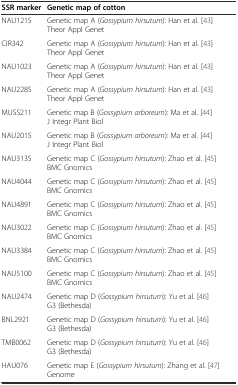
<table><thead><tr><td><b>SSR marker</b></td><td><b>Genetic map of cotton</b></td></tr></thead><tbody><tr><td>NAU1215</td><td>Genetic map A (<i>Gossypium hirsutum</i>): Han et al. [43] Theor Appl Genet</td></tr><tr><td>CIR342</td><td>Genetic map A (<i>Gossypium hirsutum</i>): Han et al. [43] Theor Appl Genet</td></tr><tr><td>NAU1023</td><td>Genetic map A (<i>Gossypium hirsutum</i>): Han et al. [43] Theor Appl Genet</td></tr><tr><td>NAU2285</td><td>Genetic map A (<i>Gossypium hirsutum</i>): Han et al. [43] Theor Appl Genet</td></tr><tr><td>MUSS211</td><td>Genetic map B (<i>Gossypium arboreum</i>): Ma et al. [44] J Integr Plant Biol</td></tr><tr><td>NAU2015</td><td>Genetic map B (<i>Gossypium arboreum</i>): Ma et al. [44] J Integr Plant Biol</td></tr><tr><td>NAU3135</td><td>Genetic map C (<i>Gossypium hirsutum</i>): Zhao et al. [45] BMC Gnomics</td></tr><tr><td>NAU4044</td><td>Genetic map C (<i>Gossypium hirsutum</i>): Zhao et al. [45] BMC Gnomics</td></tr><tr><td>NAU4891</td><td>Genetic map C (<i>Gossypium hirsutum</i>): Zhao et al. [45] BMC Gnomics</td></tr><tr><td>NAU3022</td><td>Genetic map C (<i>Gossypium hirsutum</i>): Zhao et al. [45] BMC Gnomics</td></tr><tr><td>NAU3384</td><td>Genetic map C (<i>Gossypium hirsutum</i>): Zhao et al. [45] BMC Gnomics</td></tr><tr><td>NAU5100</td><td>Genetic map C (<i>Gossypium hirsutum</i>): Zhao et al. [45] BMC Gnomics</td></tr><tr><td>NAU2474</td><td>Genetic map D (<i>Gossypium hirsutum</i>): Yu et al. [46] G3 (Bethesda)</td></tr><tr><td>BNL2921</td><td>Genetic map D (<i>Gossypium hirsutum</i>): Yu et al. [46] G3 (Bethesda)</td></tr><tr><td>TMB0062</td><td>Genetic map D (<i>Gossypium hirsutum</i>): Yu et al. [46] G3 (Bethesda)</td></tr><tr><td>HAU076</td><td>Genetic map E (<i>Gossypium hirsutum</i>): Zhang et al. [47] Genome</td></tr></tbody></table>